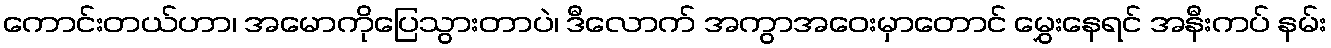
ကောင်းတယ်ဟာ၊ အမောကိုပြေသွားတာပဲ၊ ဒီလောက် အကွာအဝေးမှာတောင် မွှေးနေရင် အနီးကပ် နမ်း